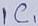
Text: IC1